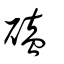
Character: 磕